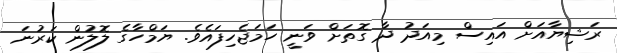
ރަޝިޔާއަށް އައިސް މިއަދު ދާ ގޮތަށް ވަނީ ހަމަޖެހިފައެވެ. ޔަމްހާގެ ލޮލުން ކަރުނަ